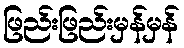
ဖြည်းဖြည်းမှန်မှန်